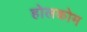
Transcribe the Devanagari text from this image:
होलकोम